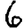
Digit: 6